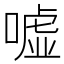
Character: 嘘